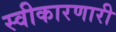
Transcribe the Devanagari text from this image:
स्वीकारणारी